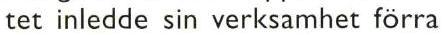
tet inledde sin verksamhet förra